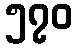
၅၇၀